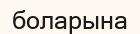
боларына